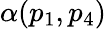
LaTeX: \alpha(p_{1},p_{4})